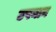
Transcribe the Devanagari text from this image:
उपनान